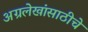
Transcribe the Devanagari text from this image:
अग्रलेखांसाठीचे